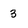
Character: 3